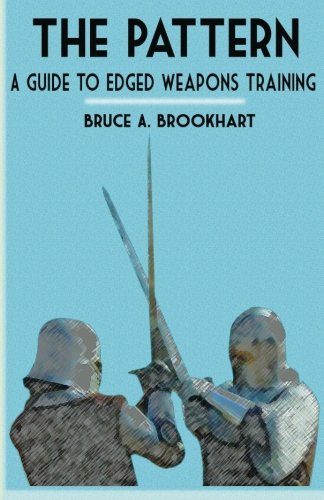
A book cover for The Pattern: A Guide to Edged Weapons Training; Bruce A. Brookhart; Sports & Outdoors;